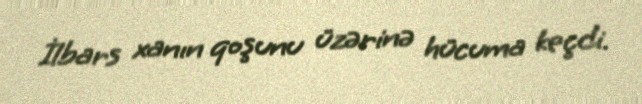
İlbars xanın qoşunu üzərinə hücuma keçdi.